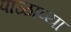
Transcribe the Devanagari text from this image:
पाळाव्या